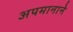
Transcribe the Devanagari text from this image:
अपमानाने